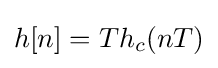
h[n]=Th_{c}(nT)